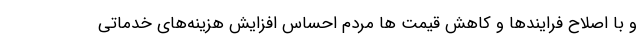
و با اصلاح فرایندها و کاهش قیمت ها مردم احساس افزایش هزینه‌های خدماتی